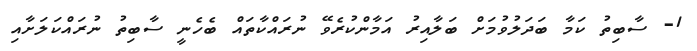
1- ސާބިތު ކަމާ ބަދަލުވުމަށް ބަލާއިރު އަމާންކުރެވޭ ނުރައްކާތައް ބެހެނީ ސާބިތު ނުރައްކަލަށާއި